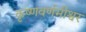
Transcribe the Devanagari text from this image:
कृष्णवर्णमीश्वर